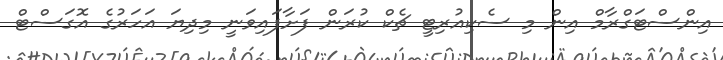
އިންސްޓަގްރާމް އިން މި ސެކިއުރިޓީ ޗެކް ކުރަން ފަށާފައިވަނީ މިދިޔަ އަހަރުގެ އޮގަސްޓް